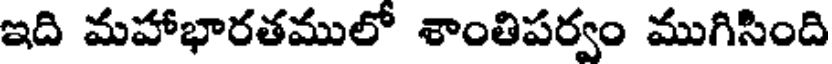
ఇది మహాభారతములో శాంతిపర్వం ముగిసింది